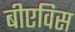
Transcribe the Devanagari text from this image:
बीएविस